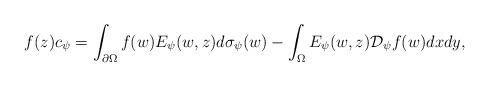
LaTeX: \begin{align*} f(z) c_{\psi} =\int_{\partial \Omega} f( w )E_{\psi}( w , z)d\sigma_{\psi}( w ) - \int_\Omega E_{\psi}( w ,z) {\mathcal D}_{\psi} f( w )dx d y,\end{align*}